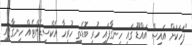
"ފަހަކަށް އައިސް އައްޑޫ ގައި ހިނގާފައި ހުރި ބޮޑެތި ހުރިހާ އެކްސިޑެންޓެއް ހިނގާފައި